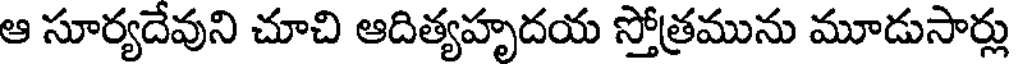
ఆ సూర్యదేవుని చూచి ఆదిత్యహృదయ స్తోత్రమును మూడుసార్లు